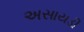
અસાયડી